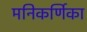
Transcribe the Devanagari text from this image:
मनिकर्णिका